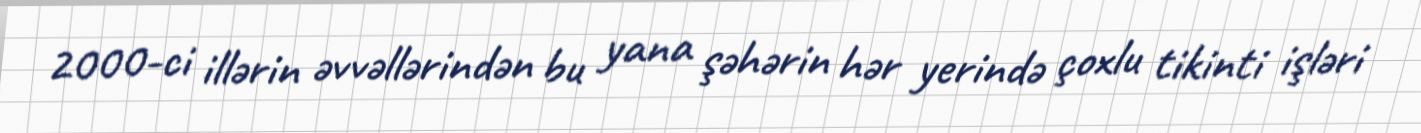
2000-ci illərin əvvəllərindən bu yana şəhərin hər yerində çoxlu tikinti işləri